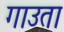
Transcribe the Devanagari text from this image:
गाउता